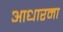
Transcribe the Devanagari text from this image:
आधारमा